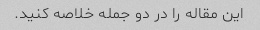
این مقاله را در دو جمله خلاصه کنید.